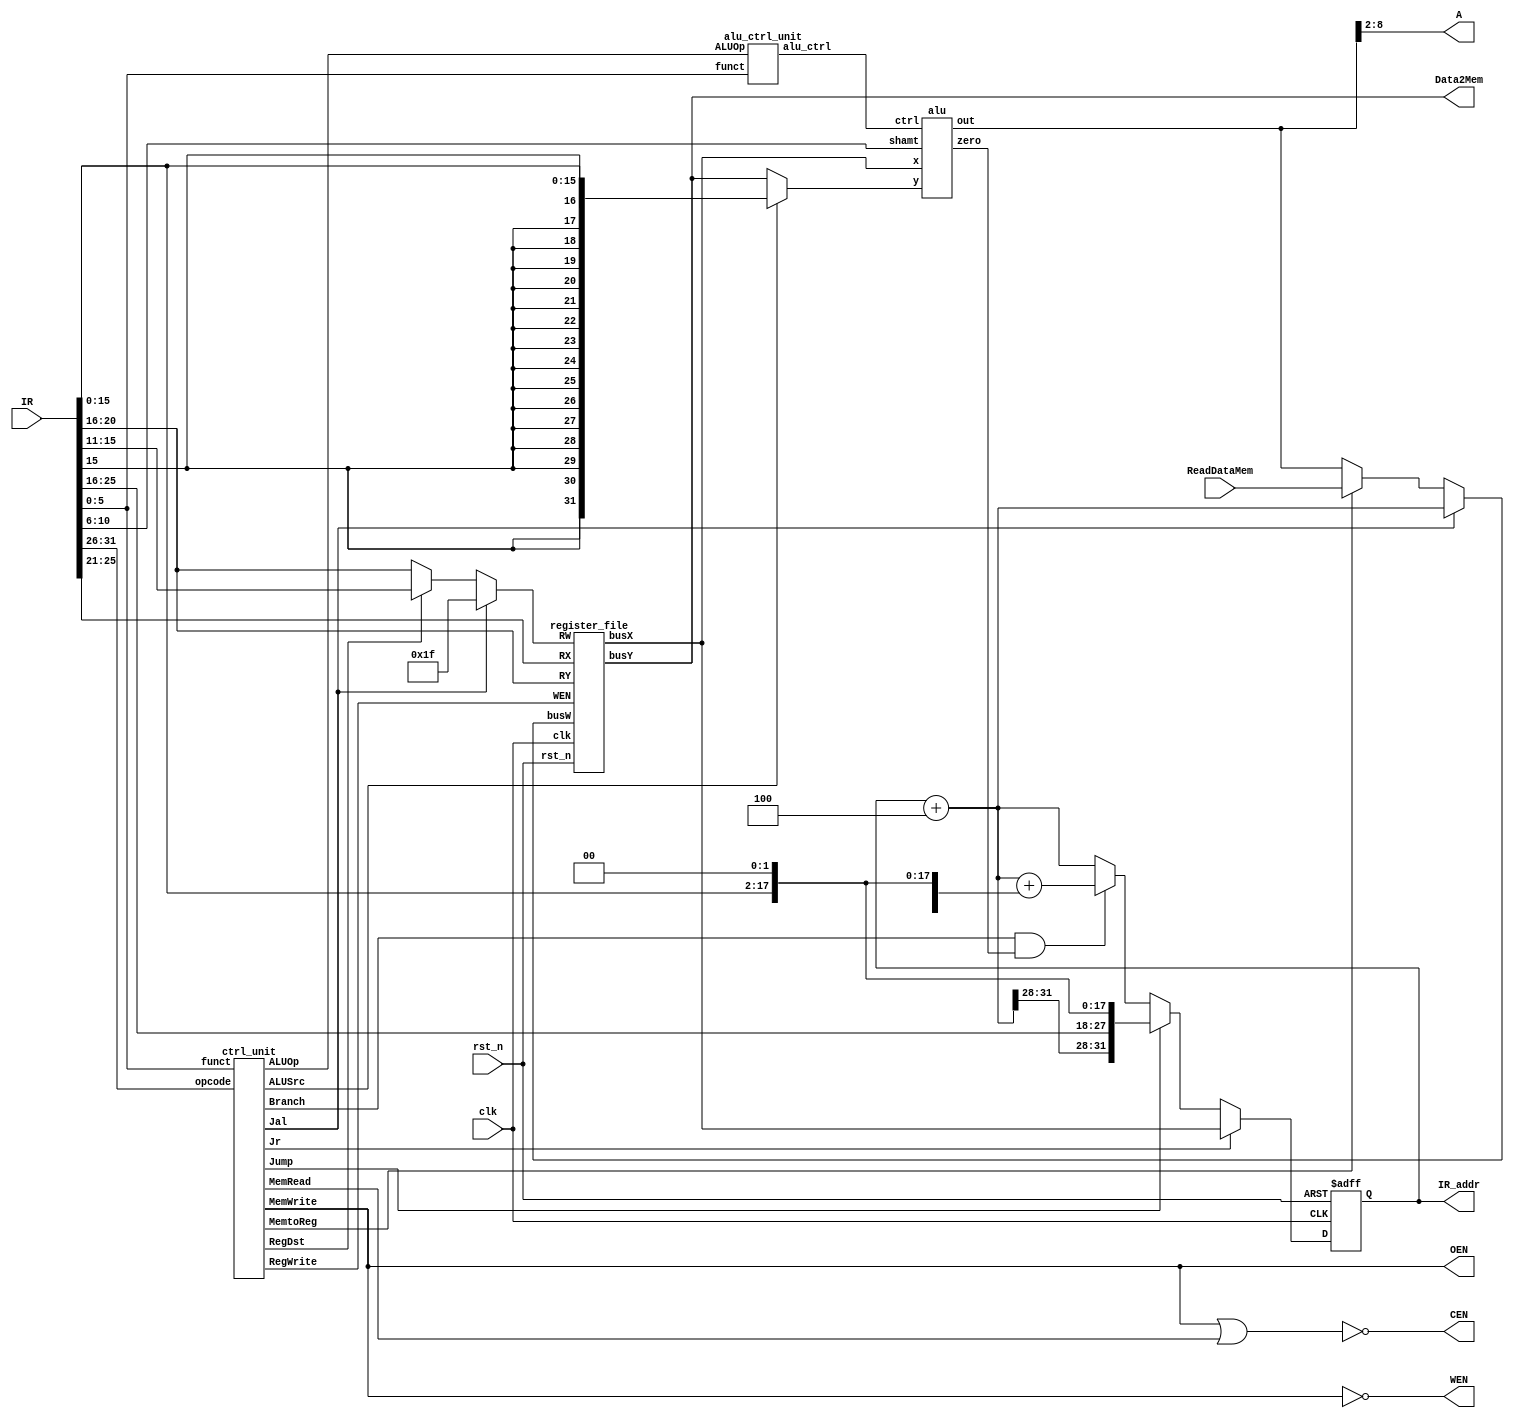
module SingleCycleMIPS( 
    clk,
    rst_n,
    IR_addr,
    IR,
    ReadDataMem,
    CEN,
    WEN,
    A,
    Data2Mem,
    OEN
);

//==== in/out declaration =================================
    //-------- processor ----------------------------------
    input         clk, rst_n;
    input  [31:0] IR;
    output [31:0] IR_addr;
    //-------- data memory --------------------------------
    input  [31:0] ReadDataMem;  
    output        CEN;  
    output        WEN;  
    output  [6:0] A;  
    output [31:0] Data2Mem;
    output        OEN;  

//==== reg/wire declaration ===============================
    // control signals
    wire        RegDst;
    wire        Jump;
    wire        Branch;
    wire        MemRead;
    wire        MemtoReg;
    wire  [1:0] ALUOp;
    wire        MemWrite;
    wire        ALUSrc;
    wire        RegWrite;
    wire        Jr;
    wire        Jal;

    // wiring
    wire  [4:0] reg_w;
    wire [31:0] alu_y;
    wire        alu_zero;
    wire [31:0] reg_bus_w;
    wire [31:0] reg_bus_x;
    wire [31:0] reg_bus_y;
    wire [31:0] alu_out;
    wire [31:0] branch_addr;
    wire [31:0] jump_addr;
    wire [31:0] jr_addr;
    wire [31:0] sign_extend;
    wire  [3:0] alu_ctrl;

    // alu
    wire  [5:0] opcode;
    wire  [5:0] funct;
    wire  [4:0] shamt;

    // program
    wire [31:0] pc_w, pc_4, pc_8;
    reg  [31:0] pc_r;

//==== instance declarations ==============================
    wire reg_WEN;
    ctrl_unit ctrl_unit_inst(
        .opcode(opcode),
        .funct(funct),
        .RegDst(RegDst),
        .Jump(Jump),
        .Branch(Branch),
        .MemRead(MemRead),
        .MemtoReg(MemtoReg),
        .ALUOp(ALUOp),
        .MemWrite(MemWrite),
        .ALUSrc(ALUSrc),
        .RegWrite(RegWrite),
        .Jr(Jr),
        .Jal(Jal)
    );

    register_file register_file_inst(
        .clk(clk),
        .rst_n(rst_n),
        .WEN(reg_WEN),
        .RW(reg_w),
        .busW(reg_bus_w),
        .RX(IR[25:21]),
        .RY(IR[20:16]),
        .busX(reg_bus_x),
        .busY(reg_bus_y)
    );

    alu_ctrl_unit alu_ctrl_unit_inst(
        .funct(funct),
        .ALUOp(ALUOp),
        .alu_ctrl(alu_ctrl)
    );

    alu alu_inst(
        .ctrl(alu_ctrl),
        .x(reg_bus_x),
        .y(alu_y),
        .shamt(shamt),
        .out(alu_out),
        .zero(alu_zero)
    );
//==== combinational part =================================
    
    // Registers
    assign reg_WEN = RegWrite;
    assign reg_w = Jal? 5'd31 : RegDst ? IR[15:11] : IR[20:16];
    assign reg_bus_w = Jal? pc_4 : MemtoReg ? ReadDataMem : alu_out;
    
    // ALU
    assign alu_y = ALUSrc ? sign_extend: reg_bus_y;
    assign sign_extend = {{16{IR[15]}}, IR[15:0]};
    assign shamt = IR[10:6];
    assign opcode = IR[31:26];
    assign funct = IR[5:0];

    // Data Memory
    assign CEN = ~(MemWrite | MemRead);
    assign WEN = ~MemWrite;
    assign OEN = ~WEN;
    assign A = alu_out[8:2]; // HSs18n_128x32 is word addr
    assign Data2Mem = reg_bus_y;

    // PC constant create
    assign pc_4 = pc_r + 4;
    assign pc_8 = pc_r + 8;

    // PC selection
    assign branch_addr = (Branch & alu_zero)? pc_4 + ({sign_extend[29:0], 2'b0}): pc_4;
    assign jump_addr = Jump ? {pc_4[31:28], {IR[25:0], 2'b0}} : branch_addr;
    assign jr_addr = Jr ? reg_bus_x : jump_addr;
    assign pc_w = jr_addr;

    // PC output
    assign IR_addr = pc_r;

//==== sequential part =================================
    always @ (posedge clk or negedge rst_n) begin
        if (~rst_n) pc_r <= 32'b0;
        else        pc_r <= pc_w;
    end

endmodule

// recommend you to use submodule for easier debugging 
//=========================================================
//Example:
//	module ctrl(
//		clk,
//		rst_n, ....


//	);

//	endmodule

//==== control unit =================================
module ctrl_unit(
    opcode,
    funct,
    RegDst,
    Jump,
    Branch,
    MemRead,
    MemtoReg,
    ALUOp,
    MemWrite,
    ALUSrc,
    RegWrite,
    Jr,
    Jal
);
    input         [5:0] opcode;
    input         [5:0] funct;
    output reg          RegDst;
    output reg          Jump;
    output reg          Branch;
    output reg          MemRead;
    output reg          MemtoReg;
    output reg    [1:0] ALUOp;
    output reg          MemWrite;
    output reg          ALUSrc;
    output reg          RegWrite;
    output reg          Jr;
    output reg          Jal;
    
    always @ (*) begin
        // R-type
        if (opcode == 6'h0) begin
            // jr
            if (funct == 6'h8) begin
                RegDst = 0;
                ALUSrc = 0;
                MemtoReg = 0;
                RegWrite = 0;
                MemRead = 0;
                MemWrite = 0;
                Branch = 0;
                ALUOp[1] = 0;
                ALUOp[0] = 0;
                Jr = 1;
                Jump = 0;
                Jal = 0; 
            end
            // others
            else begin
                RegDst = 1;
                ALUSrc = 0;
                MemtoReg = 0;
                RegWrite = 1;
                MemRead = 0;
                MemWrite = 0;
                Branch = 0;
                ALUOp[1] = 1;
                ALUOp[0] = 0;
                Jr = 0;
                Jump = 0;
                Jal = 0;                
            end
        end
        // I, J-type
        else begin
        case (opcode)
            // addi
            6'h8: begin
                RegDst = 0;
                ALUSrc = 1;
                MemtoReg = 0;
                RegWrite = 1;
                MemRead = 0;
                MemWrite = 0;
                Branch = 0;
                ALUOp[1] = 0;
                ALUOp[0] = 0;
                Jr = 0;
                Jump = 0;
                Jal = 0;
            end
            // lw
            6'h23: begin
                RegDst = 0;
                ALUSrc = 1;
                MemtoReg = 1;
                RegWrite = 1;
                MemRead = 1;
                MemWrite = 0;
                Branch = 0;
                ALUOp[1] = 0;
                ALUOp[0] = 0;
                Jr = 0;
                Jump = 0;
                Jal = 0;             
            end
            // sw
            6'h2b: begin
                RegDst = 0;
                ALUSrc = 1;
                MemtoReg = 0;
                RegWrite = 0;
                MemRead = 0;
                MemWrite = 1;
                Branch = 0;
                ALUOp[1] = 0;
                ALUOp[0] = 0;
                Jr = 0;
                Jump = 0;
                Jal = 0;
            end
            // beq
            6'h4: begin
                RegDst = 0;
                ALUSrc = 0;
                MemtoReg = 0;
                RegWrite = 0;
                MemRead = 0;
                MemWrite = 0;
                Branch = 1;
                ALUOp[1] = 0;
                ALUOp[0] = 1;
                Jr = 0;
                Jump = 0;
                Jal = 0;
            end
            // bne
            6'h5: begin
                RegDst = 0;
                ALUSrc = 0;
                MemtoReg = 0;
                RegWrite = 0;
                MemRead = 0;
                MemWrite = 0;
                Branch = 1;
                ALUOp[1] = 1;
                ALUOp[0] = 1;
                Jr = 0;
                Jump = 0;
                Jal = 0;
            end
            // j
            6'h2: begin
                RegDst = 0;
                ALUSrc = 0;
                MemtoReg = 0;
                RegWrite = 0;
                MemRead = 0;
                MemWrite = 0;
                Branch = 0;
                ALUOp[1] = 0;
                ALUOp[0] = 0;
                Jr = 0;
                Jump = 1;
                Jal = 0;
            end
            // jal
            6'h3: begin
                RegDst = 0;
                ALUSrc = 0;
                MemtoReg = 0;
                RegWrite = 1;
                MemRead = 0;
                MemWrite = 0;
                Branch = 0;
                ALUOp[1] = 0;
                ALUOp[0] = 0;
                Jr = 0;
                Jump = 1;
                Jal = 1;
            end
            default: begin
                RegDst = 0;
                ALUSrc = 0;
                MemtoReg = 0;
                RegWrite = 0;
                MemRead = 0;
                MemWrite = 0;
                Branch = 0;
                ALUOp[1] = 0;
                ALUOp[0] = 0;
                Jr = 0;
                Jump = 0;
                Jal = 0;
            end
        endcase
        end
    end
endmodule

//==== register file =================================
module register_file(
    clk,
    rst_n,
    WEN,
    RW,
    busW,
    RX,
    RY,
    busX,
    busY
);
    input               clk, WEN, rst_n;
    input [4:0]         RW, RX, RY;
    input [31:0]        busW;
    output reg [31:0]   busX, busY;

    reg [31:0]          r_r [31:0], r_w [31:0];

    integer i;
    // combinational part
    always @(*) begin
        busX = r_r[RX];
        busY = r_r[RY];
        // initialize r_w
        for(i = 0; i <= 5'd31; i = i + 1) begin
            if(i == 0) begin
                r_w[0] = 32'b0;
            end
            else begin
                r_w[i] = r_r[i];
            end
        end
        // write r_w
        if(WEN) begin
            r_w[RW] = busW;
        end
    end

    // sequential part
    always @ (posedge clk or negedge rst_n) begin
        // update r_r
        if(~rst_n) begin
            for(i = 0; i <= 5'd31; i = i + 1) begin
                r_r[i] <= 5'd0;
            end
        end
        else begin
            for(i = 0; i <= 5'd31; i = i + 1) begin
                r_r[i] <= r_w[i];
            end
        end
    end

endmodule

//==== alu ctrl unit =================================
module alu_ctrl_unit(
    funct,
    ALUOp,
    alu_ctrl
);
    input [5:0] funct;
    input [1:0] ALUOp;
    output reg [3:0] alu_ctrl;

    always @ (*) begin
        if(ALUOp == 2'b10) begin
            case(funct)
                // add
                6'b100000: alu_ctrl = 4'b0010;
                // sub
                6'b100010: alu_ctrl = 4'b0110;
                // and
                6'b100100: alu_ctrl = 4'b0000;
                // or
                6'b100101: alu_ctrl = 4'b0001;
                // slt
                6'b101010: alu_ctrl = 4'b0111;
                // sll
                6'b000000: alu_ctrl = 4'b1000;
                // srl
                6'b000010: alu_ctrl = 4'b1001;
                default: alu_ctrl = 4'b0000;
            endcase
        end
        else begin
            case(ALUOp)
                // lw, sw
                2'b00: begin
                    alu_ctrl = 4'b0010;
                end
                // beq
                2'b01: begin
                    alu_ctrl = 4'b0110;
                end
                // bne
                2'b11: begin
                    alu_ctrl = 4'b1010;
                end
                default: begin
                    alu_ctrl = 4'b0000;
                end
            endcase
        end
    end
endmodule

//==== ALU =================================
module alu(
    ctrl,
    x,
    y,
    shamt,
    out,
    zero
);
    input [3:0] ctrl;
    input [31:0] x;
    input [31:0] y;
    input [4:0] shamt;
    output reg [31:0] out;
    output reg zero;

    always @ (*) begin
        // default 0
        zero = 1'b0;

        case(ctrl)
            // and
            4'b0000: begin
                out = x & y;
            end
            // or
            4'b0001: begin
                out = x | y;
            end
            // add
            4'b0010: begin
                out = x + y;
            end
            // sub
            4'b0110: begin
                out = x - y;
                zero = (out == 32'b0) ? 1'b1: 1'b0;
            end
            // slt
            4'b0111: begin
                out = ($signed(x) < $signed(y)) ? 1'b1: 1'b0;
            end
            // shift left
            4'b1000: begin
                out = y << shamt;
            end
            // shift right
            4'b1001: begin
                out = y >> shamt;
            end
            // sub inverse
            4'b1010: begin
                out = x - y;
                zero = (out != 32'b0) ? 1'b1: 1'b0;
            end
            default: out = 1'b0;
        endcase
    end
endmodule